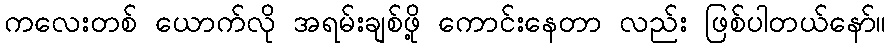
ကလေးတစ် ယောက်လို အရမ်းချစ်ဖို့ ကောင်းနေတာ လည်း ဖြစ်ပါတယ်နော်။